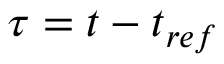
\tau = t - t _ { r e f }